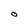
Character: o